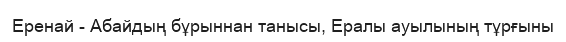
Еренай - Абайдың бұрыннан танысы, Ералы ауылының тұрғыны